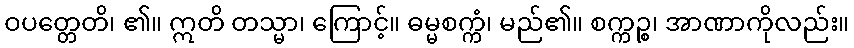
ဝပတ္တေတိ၊ ၏။ ဣတိ တသ္မာ၊ ကြောင့်။ ဓမ္မစက္ကံ၊ မည်၏။ စက္ကဉ္စ၊ အာဏာကိုလည်း။